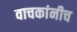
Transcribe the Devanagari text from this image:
वाचकांनीच